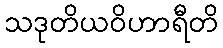
သဒုတိယဝိဟာရီတိ